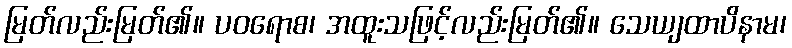
မြတ်လည်းမြတ်၏။ ပဝရောစ၊ အထူးသဖြင့်လည်းမြတ်၏။ သေယျထာပိနာမ၊